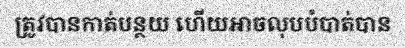
ត្រូវបានកាត់បន្ថយ ហើយអាចលុបបំបាត់បាន